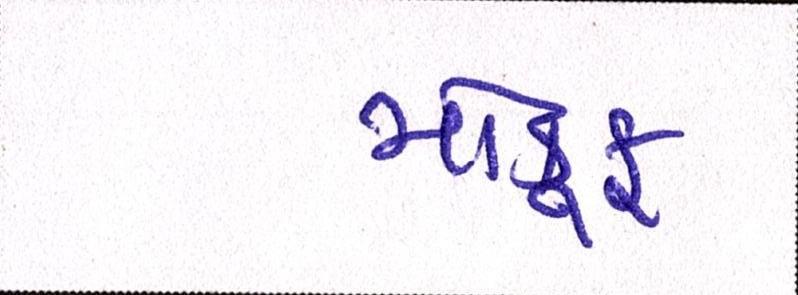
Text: મોકૂફ